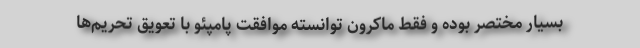
بسیار مختصر بوده و فقط ماکرون توانسته موافقت پامپئو با تعویق تحریم‌ها